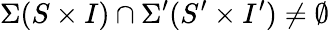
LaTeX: \Sigma(S\times I)\cap\Sigma^{\prime}(S^{\prime}\times I^{\prime})\neq\emptyset